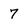
Character: 7